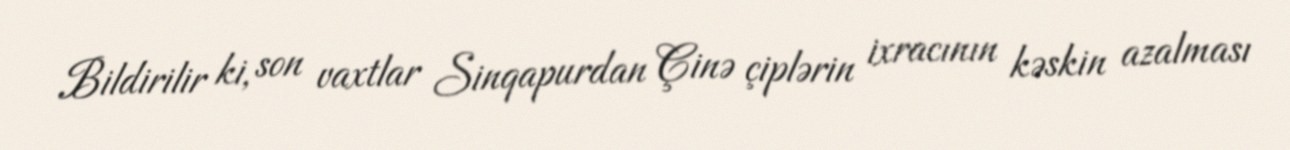
Bildirilir ki, son vaxtlar Sinqapurdan Çinə çiplərin ixracının kəskin azalması